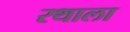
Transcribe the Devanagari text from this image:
रथाला